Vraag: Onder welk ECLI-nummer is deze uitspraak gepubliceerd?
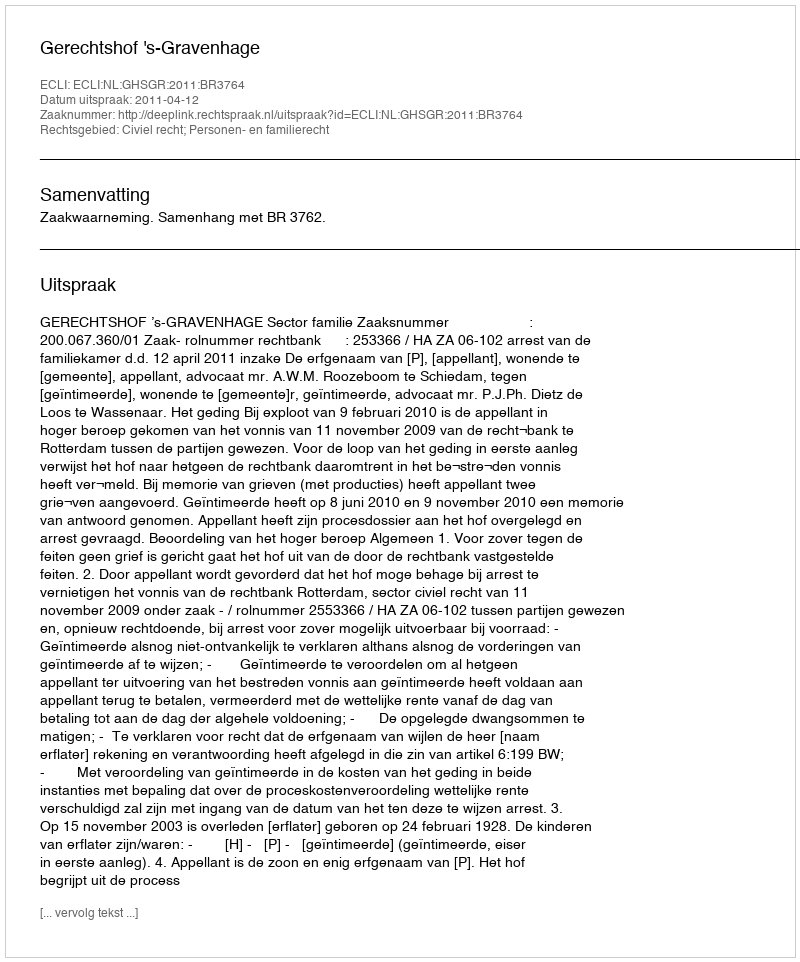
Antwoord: ECLI:NL:GHSGR:2011:BR3764